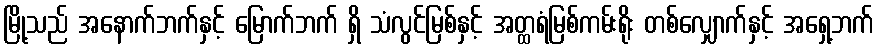
မြို့သည် အနောက်ဘက်နှင့် မြောက်ဘက် ရှိ သံလွင်မြစ်နှင့် အတ္ထရံမြစ်ကမ်းရိုး တစ်လျှောက်နှင့် အရှေ့ဘက်